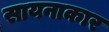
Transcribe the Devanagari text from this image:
सायनाकार